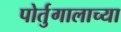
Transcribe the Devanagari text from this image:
पोर्तुगालाच्या